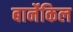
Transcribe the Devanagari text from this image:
बार्नेकिल